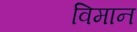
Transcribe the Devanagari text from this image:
विमान